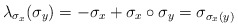
\begin{align*}\lambda_{\sigma_x}(\sigma_y)=-\sigma_x+\sigma_x\circ\sigma_y=\sigma_{\sigma_x(y)}\end{align*}